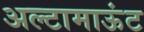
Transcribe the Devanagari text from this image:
अल्टामाऊंट